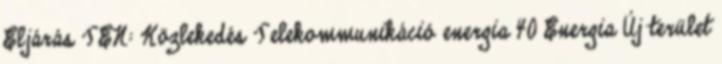
Eljárás TEN: Közlekedés Telekommunikáció energia 40 Energia Új terület